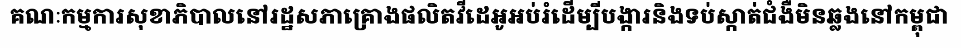
គណៈកម្មការសុខាភិបាលនៅរដ្ឋសភាគ្រោងផលិតវីដេអូអប់រំដើម្បីបង្ការនិងទប់ស្កាត់ជំងឺមិនឆ្លងនៅកម្ពុជា